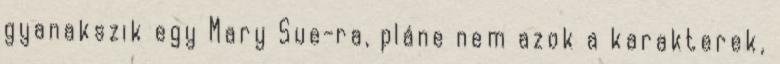
gyanakszik egy Mary Sue-ra, pláne nem azok a karakterek,